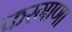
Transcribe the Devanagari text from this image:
फरगाणा